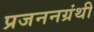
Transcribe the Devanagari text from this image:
प्रजननग्रंथी